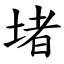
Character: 堵